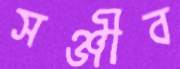
সঞ্জীব